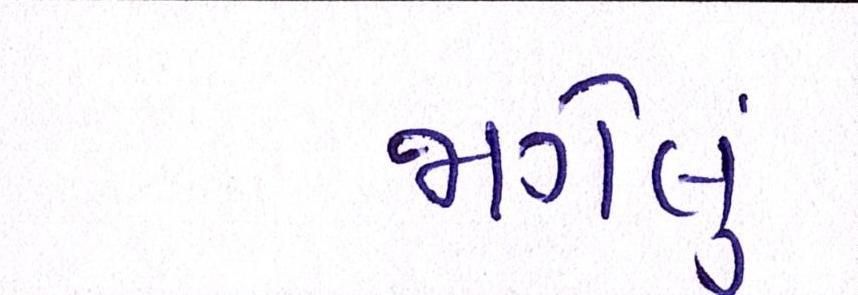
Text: જાગેલું